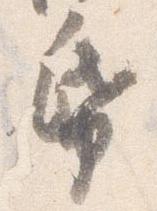
帋